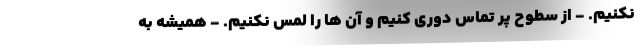
نکنیم. - از سطوح پر تماس دوری کنیم و آن ها را لمس نکنیم. - همیشه به